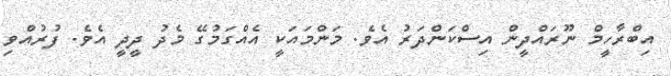
އިބްރާހީމް ނޫރައްދީން އިސްކަންދަރު އެވެ. މަންމައަކީ އެއްގަމުގޭ މެދު ދީދީ އެވެ. ފުރުއްވި